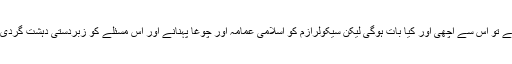
اگر جمہور نے سیکولرازم اپنانے کا کوئی فیصلہ کرلیا ہے تو اس سے اچھی اور کیا بات ہوگی لیکن سیکولرازم کو اسلامی عمامہ اور چوغا پہنانے اور اس مسئلے کو زبردستی دہشت گردی کے مسئلے ساتھ نتھی کرنے سے مزیدتباہی پھیلے گی۔